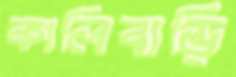
কালিবাড়ি